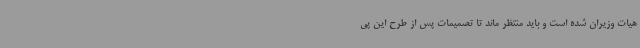
هیات وزیران شده است و باید منتظر ماند تا تصمیمات پس از طرح این پی